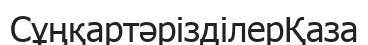
СұңқартәрізділерҚаза